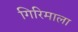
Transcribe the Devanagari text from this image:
गिरिमाला